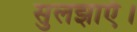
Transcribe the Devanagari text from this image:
सुलझाएँ।